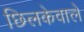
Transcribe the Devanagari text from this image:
छिलकेवाले